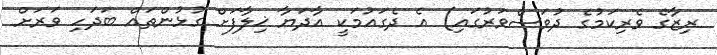
ރިޒާގެ ވެރިކަމުގެ ދުވަސްވަރުގައި) އެ ދެގައުމަކީ އާދަޔާ ޚިލާފަށް ގުޅުންތައް ބަދަހި ވަރަށް